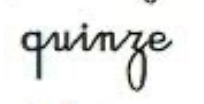
quinze